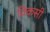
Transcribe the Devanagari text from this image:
विकसी